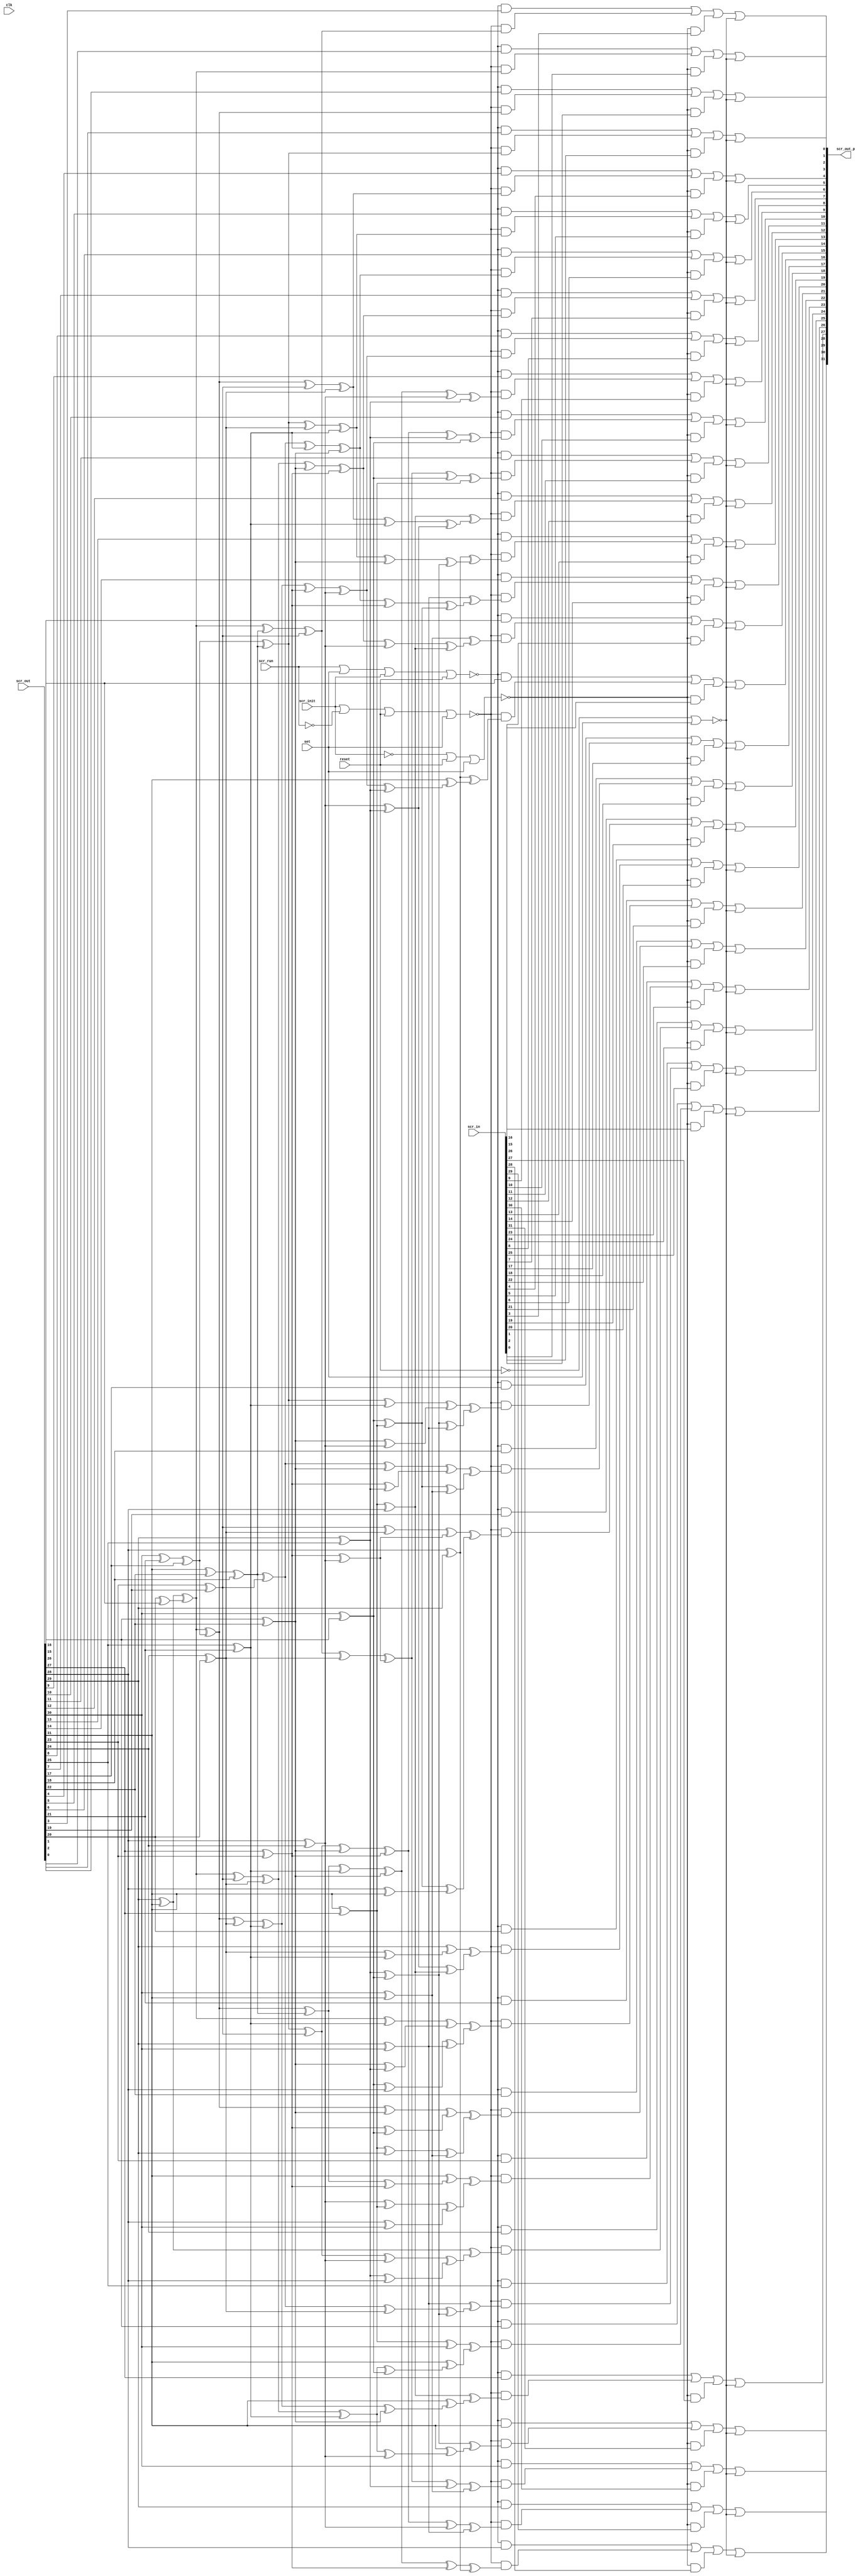
//
// Conformal-LEC: Version 11.10-d208 (10-Mar-2012) (64 bit executable)
//
module top(scr_out, scr_in, scr_init, scr_run, clk, reset, scr_out_p, set);
input  scr_init, scr_run, clk, reset, set;
input   [31:0] scr_out;
input   [31:0] scr_in;
output  [31:0] scr_out_p;
wire  \scr_ff_mux_state_427_13_g758/w_0 , \scr_ff_mux_state_427_13_g758/w_1 , 
    \scr_ff_mux_state_427_13_g758/w_2 , \scr_ff_mux_state_427_13_g758/w_3 , 
    \scr_ff_mux_state_427_13_g758/w_4 , \scr_ff_mux_state_427_13_g746/w_0 , 
    \scr_ff_mux_state_427_13_g746/w_1 , \scr_ff_mux_state_427_13_g746/w_2 , 
    \scr_ff_mux_state_427_13_g746/w_3 , \scr_ff_mux_state_427_13_g746/w_4 , 
    \scr_ff_mux_state_427_13_g730/w_0 , \scr_ff_mux_state_427_13_g730/w_1 , 
    \scr_ff_mux_state_427_13_g730/w_2 , \scr_ff_mux_state_427_13_g730/w_3 , 
    \scr_ff_mux_state_427_13_g730/w_4 , \scr_ff_mux_state_427_13_g718/w_0 , 
    \scr_ff_mux_state_427_13_g718/w_1 , \scr_ff_mux_state_427_13_g718/w_2 , 
    \scr_ff_mux_state_427_13_g718/w_3 , \scr_ff_mux_state_427_13_g718/w_4 , 
    \scr_ff_mux_state_427_13_g702/w_0 , \scr_ff_mux_state_427_13_g702/w_1 , 
    \scr_ff_mux_state_427_13_g702/w_2 , \scr_ff_mux_state_427_13_g702/w_3 , 
    \scr_ff_mux_state_427_13_g702/w_4 , \scr_ff_mux_state_427_13_g690/w_0 , 
    \scr_ff_mux_state_427_13_g690/w_1 , \scr_ff_mux_state_427_13_g690/w_2 , 
    \scr_ff_mux_state_427_13_g690/w_3 , \scr_ff_mux_state_427_13_g690/w_4 , 
    \scr_ff_mux_state_427_13_g674/w_0 , \scr_ff_mux_state_427_13_g674/w_1 , 
    \scr_ff_mux_state_427_13_g674/w_2 , \scr_ff_mux_state_427_13_g674/w_3 , 
    \scr_ff_mux_state_427_13_g674/w_4 , \scr_ff_mux_state_427_13_g662/w_0 , 
    \scr_ff_mux_state_427_13_g662/w_1 , \scr_ff_mux_state_427_13_g662/w_2 , 
    \scr_ff_mux_state_427_13_g662/w_3 , \scr_ff_mux_state_427_13_g662/w_4 , 
    \scr_ff_mux_state_427_13_g646/w_0 , \scr_ff_mux_state_427_13_g646/w_1 , 
    \scr_ff_mux_state_427_13_g646/w_2 , \scr_ff_mux_state_427_13_g646/w_3 , 
    \scr_ff_mux_state_427_13_g646/w_4 , \scr_ff_mux_state_427_13_g634/w_0 , 
    \scr_ff_mux_state_427_13_g634/w_1 , \scr_ff_mux_state_427_13_g634/w_2 , 
    \scr_ff_mux_state_427_13_g634/w_3 , \scr_ff_mux_state_427_13_g634/w_4 , 
    \scr_ff_mux_state_427_13_g618/w_0 , \scr_ff_mux_state_427_13_g618/w_1 , 
    \scr_ff_mux_state_427_13_g618/w_2 , \scr_ff_mux_state_427_13_g618/w_3 , 
    \scr_ff_mux_state_427_13_g618/w_4 , \scr_ff_mux_state_427_13_g606/w_0 , 
    \scr_ff_mux_state_427_13_g606/w_1 , \scr_ff_mux_state_427_13_g606/w_2 , 
    \scr_ff_mux_state_427_13_g606/w_3 , \scr_ff_mux_state_427_13_g606/w_4 , 
    \scr_ff_mux_state_427_13_g590/w_0 , \scr_ff_mux_state_427_13_g590/w_1 , 
    \scr_ff_mux_state_427_13_g590/w_2 , \scr_ff_mux_state_427_13_g590/w_3 , 
    \scr_ff_mux_state_427_13_g590/w_4 , \scr_ff_mux_state_427_13_g578/w_0 , 
    \scr_ff_mux_state_427_13_g578/w_1 , \scr_ff_mux_state_427_13_g578/w_2 , 
    \scr_ff_mux_state_427_13_g578/w_3 , \scr_ff_mux_state_427_13_g578/w_4 , 
    \scr_ff_mux_state_427_13_g562/w_0 , \scr_ff_mux_state_427_13_g562/w_1 , 
    \scr_ff_mux_state_427_13_g562/w_2 , \scr_ff_mux_state_427_13_g562/w_3 , 
    \scr_ff_mux_state_427_13_g562/w_4 , \scr_ff_mux_state_427_13_g550/w_0 , 
    \scr_ff_mux_state_427_13_g550/w_1 , \scr_ff_mux_state_427_13_g550/w_2 , 
    \scr_ff_mux_state_427_13_g550/w_3 , \scr_ff_mux_state_427_13_g550/w_4 , 
    \scr_ff_mux_state_427_13_g534/w_0 , \scr_ff_mux_state_427_13_g534/w_1 , 
    \scr_ff_mux_state_427_13_g534/w_2 , \scr_ff_mux_state_427_13_g534/w_3 , 
    \scr_ff_mux_state_427_13_g534/w_4 , \scr_ff_mux_state_427_13_g522/w_0 , 
    \scr_ff_mux_state_427_13_g522/w_1 , \scr_ff_mux_state_427_13_g522/w_2 , 
    \scr_ff_mux_state_427_13_g522/w_3 , \scr_ff_mux_state_427_13_g522/w_4 , 
    \scr_ff_mux_state_427_13_g506/w_0 , \scr_ff_mux_state_427_13_g506/w_1 , 
    \scr_ff_mux_state_427_13_g506/w_2 , \scr_ff_mux_state_427_13_g506/w_3 , 
    \scr_ff_mux_state_427_13_g506/w_4 , \scr_ff_mux_state_427_13_g494/w_0 , 
    \scr_ff_mux_state_427_13_g494/w_1 , \scr_ff_mux_state_427_13_g494/w_2 , 
    \scr_ff_mux_state_427_13_g494/w_3 , \scr_ff_mux_state_427_13_g494/w_4 , 
    \scr_ff_mux_state_427_13_g478/w_0 , \scr_ff_mux_state_427_13_g478/w_1 , 
    \scr_ff_mux_state_427_13_g478/w_2 , \scr_ff_mux_state_427_13_g478/w_3 , 
    \scr_ff_mux_state_427_13_g478/w_4 , \scr_ff_mux_state_427_13_g466/w_0 , 
    \scr_ff_mux_state_427_13_g466/w_1 , \scr_ff_mux_state_427_13_g466/w_2 , 
    \scr_ff_mux_state_427_13_g466/w_3 , \scr_ff_mux_state_427_13_g466/w_4 , 
    \scr_ff_mux_state_427_13_g450/w_0 , \scr_ff_mux_state_427_13_g450/w_1 , 
    \scr_ff_mux_state_427_13_g450/w_2 , \scr_ff_mux_state_427_13_g450/w_3 , 
    \scr_ff_mux_state_427_13_g450/w_4 , \scr_ff_mux_state_427_13_g438/w_0 , 
    \scr_ff_mux_state_427_13_g438/w_1 , \scr_ff_mux_state_427_13_g438/w_2 , 
    \scr_ff_mux_state_427_13_g438/w_3 , \scr_ff_mux_state_427_13_g438/w_4 , 
    \scr_ff_mux_state_427_13_g422/w_0 , \scr_ff_mux_state_427_13_g422/w_1 , 
    \scr_ff_mux_state_427_13_g422/w_2 , \scr_ff_mux_state_427_13_g422/w_3 , 
    \scr_ff_mux_state_427_13_g422/w_4 , \scr_ff_mux_state_427_13_g410/w_0 , 
    \scr_ff_mux_state_427_13_g410/w_1 , \scr_ff_mux_state_427_13_g410/w_2 , 
    \scr_ff_mux_state_427_13_g410/w_3 , \scr_ff_mux_state_427_13_g410/w_4 , 
    \scr_ff_mux_state_427_13_g394/w_0 , \scr_ff_mux_state_427_13_g394/w_1 , 
    \scr_ff_mux_state_427_13_g394/w_2 , \scr_ff_mux_state_427_13_g394/w_3 , 
    \scr_ff_mux_state_427_13_g394/w_4 , \scr_ff_mux_state_427_13_g382/w_0 , 
    \scr_ff_mux_state_427_13_g382/w_1 , \scr_ff_mux_state_427_13_g382/w_2 , 
    \scr_ff_mux_state_427_13_g382/w_3 , \scr_ff_mux_state_427_13_g382/w_4 , 
    \scr_ff_mux_state_427_13_g366/w_0 , \scr_ff_mux_state_427_13_g366/w_1 , 
    \scr_ff_mux_state_427_13_g366/w_2 , \scr_ff_mux_state_427_13_g366/w_3 , 
    \scr_ff_mux_state_427_13_g366/w_4 , \scr_ff_mux_state_427_13_g354/w_0 , 
    \scr_ff_mux_state_427_13_g354/w_1 , \scr_ff_mux_state_427_13_g354/w_2 , 
    \scr_ff_mux_state_427_13_g354/w_3 , \scr_ff_mux_state_427_13_g354/w_4 , 
    \scr_ff_mux_state_427_13_g338/w_0 , \scr_ff_mux_state_427_13_g338/w_1 , 
    \scr_ff_mux_state_427_13_g338/w_2 , \scr_ff_mux_state_427_13_g338/w_3 , 
    \scr_ff_mux_state_427_13_g338/w_4 , \scr_ff_mux_state_427_13_g326/w_0 , 
    \scr_ff_mux_state_427_13_g326/w_1 , \scr_ff_mux_state_427_13_g326/w_2 , 
    \scr_ff_mux_state_427_13_g326/w_3 , \scr_ff_mux_state_427_13_g326/w_4 , 
    n_1120, n_1119, n_1118, n_392, n_391, n_390, n_389, n_370, n_369, n_367, 
    n_366, n_363, n_362, n_361, n_358, n_357, n_356, n_353, n_352, n_351, 
    n_348, n_347, n_346, n_344, n_343, n_342, n_341, n_338, n_337, n_336, 
    n_335, n_334, n_331, n_330, n_329, n_328, n_327, n_326, n_325, n_324, 
    n_323, n_322, n_321, n_320, n_318, n_317, n_316, n_315, n_314, n_312, 
    n_311, n_310, n_309, n_308, n_307, n_305, n_304, n_303, n_302, n_301, 
    n_300, n_299, n_298, n_297, n_296, n_295, n_294, n_293, n_292, n_291, 
    n_290, n_287, n_286, n_285, n_284, n_283, n_282, n_281, n_280, n_279, 
    n_278, n_277, n_276, n_275, n_274, n_273, n_272, n_271, n_270, n_269, 
    n_268, n_267, n_266, n_219, n_214, n_209, n_199, n_198, n_192, n_191, 
    n_185, n_184, n_178, n_177, n_171, n_170, n_111, n_101, n_100, n_96, n_95, 
    n_94, n_93, n_90, n_89, n_88, n_87, n_84, n_81, n_80, n_76, n_75, n_74, 
    n_73, n_72, a15, \a14[0] , \a13[0] , \a12[0] , \a11[0] , \a10[0] , \a9[0] , 
    \a8[0] , \a7[0] , \a6[0] , \a5[0] , \a4[0] , set, reset, clk, scr_run, 
    scr_init;
wire  \scr_ff_mux_state_427_13_g758/data3 , \scr_ff_mux_state_427_13_g758/data4 , 
    \scr_ff_mux_state_427_13_g746/data3 , \scr_ff_mux_state_427_13_g746/data4 , 
    \scr_ff_mux_state_427_13_g730/data3 , \scr_ff_mux_state_427_13_g730/data4 , 
    \scr_ff_mux_state_427_13_g718/data3 , \scr_ff_mux_state_427_13_g718/data4 , 
    \scr_ff_mux_state_427_13_g702/data3 , \scr_ff_mux_state_427_13_g702/data4 , 
    \scr_ff_mux_state_427_13_g690/data3 , \scr_ff_mux_state_427_13_g690/data4 , 
    \scr_ff_mux_state_427_13_g674/data3 , \scr_ff_mux_state_427_13_g674/data4 , 
    \scr_ff_mux_state_427_13_g662/data3 , \scr_ff_mux_state_427_13_g662/data4 , 
    \scr_ff_mux_state_427_13_g646/data3 , \scr_ff_mux_state_427_13_g646/data4 , 
    \scr_ff_mux_state_427_13_g634/data3 , \scr_ff_mux_state_427_13_g634/data4 , 
    \scr_ff_mux_state_427_13_g618/data3 , \scr_ff_mux_state_427_13_g618/data4 , 
    \scr_ff_mux_state_427_13_g606/data3 , \scr_ff_mux_state_427_13_g606/data4 , 
    \scr_ff_mux_state_427_13_g590/data3 , \scr_ff_mux_state_427_13_g590/data4 , 
    \scr_ff_mux_state_427_13_g578/data3 , \scr_ff_mux_state_427_13_g578/data4 , 
    \scr_ff_mux_state_427_13_g562/data3 , \scr_ff_mux_state_427_13_g562/data4 , 
    \scr_ff_mux_state_427_13_g550/data3 , \scr_ff_mux_state_427_13_g550/data4 , 
    \scr_ff_mux_state_427_13_g534/data3 , \scr_ff_mux_state_427_13_g534/data4 , 
    \scr_ff_mux_state_427_13_g522/data3 , \scr_ff_mux_state_427_13_g522/data4 , 
    \scr_ff_mux_state_427_13_g506/data3 , \scr_ff_mux_state_427_13_g506/data4 , 
    \scr_ff_mux_state_427_13_g494/data3 , \scr_ff_mux_state_427_13_g494/data4 , 
    \scr_ff_mux_state_427_13_g478/data3 , \scr_ff_mux_state_427_13_g478/data4 , 
    \scr_ff_mux_state_427_13_g466/data3 , \scr_ff_mux_state_427_13_g466/data4 , 
    \scr_ff_mux_state_427_13_g450/data3 , \scr_ff_mux_state_427_13_g450/data4 , 
    \scr_ff_mux_state_427_13_g438/data3 , \scr_ff_mux_state_427_13_g438/data4 , 
    \scr_ff_mux_state_427_13_g422/data3 , \scr_ff_mux_state_427_13_g422/data4 , 
    \scr_ff_mux_state_427_13_g410/data3 , \scr_ff_mux_state_427_13_g410/data4 , 
    \scr_ff_mux_state_427_13_g394/data3 , \scr_ff_mux_state_427_13_g394/data4 , 
    \scr_ff_mux_state_427_13_g382/data3 , \scr_ff_mux_state_427_13_g382/data4 , 
    \scr_ff_mux_state_427_13_g366/data3 , \scr_ff_mux_state_427_13_g366/data4 , 
    \scr_ff_mux_state_427_13_g354/data3 , \scr_ff_mux_state_427_13_g354/data4 , 
    \scr_ff_mux_state_427_13_g338/data3 , \scr_ff_mux_state_427_13_g338/data4 , 
    \scr_ff_mux_state_427_13_g326/data3 , \scr_ff_mux_state_427_13_g326/data4 ;
wire   [31:0] scram;
wire   [31:0] scr_out_p;
wire   [31:0] scr_in;
wire   [31:0] scr_out;
  assign \scr_ff_mux_state_427_13_g758/data4  = 1'b0;
  assign \scr_ff_mux_state_427_13_g746/data4  = 1'b0;
  assign \scr_ff_mux_state_427_13_g730/data4  = 1'b0;
  assign \scr_ff_mux_state_427_13_g718/data4  = 1'b0;
  assign \scr_ff_mux_state_427_13_g702/data4  = 1'b0;
  assign \scr_ff_mux_state_427_13_g690/data4  = 1'b0;
  assign \scr_ff_mux_state_427_13_g674/data4  = 1'b0;
  assign \scr_ff_mux_state_427_13_g662/data4  = 1'b0;
  assign \scr_ff_mux_state_427_13_g646/data4  = 1'b0;
  assign \scr_ff_mux_state_427_13_g634/data4  = 1'b0;
  assign \scr_ff_mux_state_427_13_g618/data4  = 1'b0;
  assign \scr_ff_mux_state_427_13_g606/data4  = 1'b0;
  assign \scr_ff_mux_state_427_13_g590/data4  = 1'b0;
  assign \scr_ff_mux_state_427_13_g578/data4  = 1'b0;
  assign \scr_ff_mux_state_427_13_g562/data4  = 1'b0;
  assign \scr_ff_mux_state_427_13_g550/data4  = 1'b0;
  assign \scr_ff_mux_state_427_13_g534/data4  = 1'b0;
  assign \scr_ff_mux_state_427_13_g522/data4  = 1'b0;
  assign \scr_ff_mux_state_427_13_g506/data4  = 1'b0;
  assign \scr_ff_mux_state_427_13_g494/data4  = 1'b0;
  assign \scr_ff_mux_state_427_13_g478/data4  = 1'b0;
  assign \scr_ff_mux_state_427_13_g466/data4  = 1'b0;
  assign \scr_ff_mux_state_427_13_g450/data4  = 1'b0;
  assign \scr_ff_mux_state_427_13_g438/data4  = 1'b0;
  assign \scr_ff_mux_state_427_13_g422/data4  = 1'b0;
  assign \scr_ff_mux_state_427_13_g410/data4  = 1'b0;
  assign \scr_ff_mux_state_427_13_g394/data4  = 1'b0;
  assign \scr_ff_mux_state_427_13_g382/data4  = 1'b0;
  assign \scr_ff_mux_state_427_13_g366/data4  = 1'b0;
  assign \scr_ff_mux_state_427_13_g354/data4  = 1'b0;
  assign \scr_ff_mux_state_427_13_g338/data4  = 1'b0;
  assign \scr_ff_mux_state_427_13_g326/data4  = 1'b0;
  assign \scr_ff_mux_state_427_13_g758/data3  = 1'b1;
  assign \scr_ff_mux_state_427_13_g746/data3  = 1'b1;
  assign \scr_ff_mux_state_427_13_g730/data3  = 1'b1;
  assign \scr_ff_mux_state_427_13_g718/data3  = 1'b1;
  assign \scr_ff_mux_state_427_13_g702/data3  = 1'b1;
  assign \scr_ff_mux_state_427_13_g690/data3  = 1'b1;
  assign \scr_ff_mux_state_427_13_g674/data3  = 1'b1;
  assign \scr_ff_mux_state_427_13_g662/data3  = 1'b1;
  assign \scr_ff_mux_state_427_13_g646/data3  = 1'b1;
  assign \scr_ff_mux_state_427_13_g634/data3  = 1'b1;
  assign \scr_ff_mux_state_427_13_g618/data3  = 1'b1;
  assign \scr_ff_mux_state_427_13_g606/data3  = 1'b1;
  assign \scr_ff_mux_state_427_13_g590/data3  = 1'b1;
  assign \scr_ff_mux_state_427_13_g578/data3  = 1'b1;
  assign \scr_ff_mux_state_427_13_g562/data3  = 1'b1;
  assign \scr_ff_mux_state_427_13_g550/data3  = 1'b1;
  assign \scr_ff_mux_state_427_13_g534/data3  = 1'b1;
  assign \scr_ff_mux_state_427_13_g522/data3  = 1'b1;
  assign \scr_ff_mux_state_427_13_g506/data3  = 1'b1;
  assign \scr_ff_mux_state_427_13_g494/data3  = 1'b1;
  assign \scr_ff_mux_state_427_13_g478/data3  = 1'b1;
  assign \scr_ff_mux_state_427_13_g466/data3  = 1'b1;
  assign \scr_ff_mux_state_427_13_g450/data3  = 1'b1;
  assign \scr_ff_mux_state_427_13_g438/data3  = 1'b1;
  assign \scr_ff_mux_state_427_13_g422/data3  = 1'b1;
  assign \scr_ff_mux_state_427_13_g410/data3  = 1'b1;
  assign \scr_ff_mux_state_427_13_g394/data3  = 1'b1;
  assign \scr_ff_mux_state_427_13_g382/data3  = 1'b1;
  assign \scr_ff_mux_state_427_13_g366/data3  = 1'b1;
  assign \scr_ff_mux_state_427_13_g354/data3  = 1'b1;
  assign \scr_ff_mux_state_427_13_g338/data3  = 1'b1;
  assign \scr_ff_mux_state_427_13_g326/data3  = 1'b1;
  or \scr_ff_mux_state_427_13_g758/org (scr_out_p[16], 
    \scr_ff_mux_state_427_13_g758/w_0 , \scr_ff_mux_state_427_13_g758/w_1 , 
    \scr_ff_mux_state_427_13_g758/w_2 , \scr_ff_mux_state_427_13_g758/w_3 , 
    \scr_ff_mux_state_427_13_g758/w_4 );
  and \scr_ff_mux_state_427_13_g758/a_4 (\scr_ff_mux_state_427_13_g758/w_4 , set, 
    \scr_ff_mux_state_427_13_g758/data4 );
  and \scr_ff_mux_state_427_13_g758/a_3 (\scr_ff_mux_state_427_13_g758/w_3 , 
    n_392, \scr_ff_mux_state_427_13_g758/data3 );
  and \scr_ff_mux_state_427_13_g758/a_2 (\scr_ff_mux_state_427_13_g758/w_2 , 
    n_391, scr_in[16]);
  and \scr_ff_mux_state_427_13_g758/a_1 (\scr_ff_mux_state_427_13_g758/w_1 , 
    n_390, n_347);
  and \scr_ff_mux_state_427_13_g758/a_0 (\scr_ff_mux_state_427_13_g758/w_0 , 
    n_389, scr_out[16]);
  or \scr_ff_mux_state_427_13_g746/org (scr_out_p[15], 
    \scr_ff_mux_state_427_13_g746/w_0 , \scr_ff_mux_state_427_13_g746/w_1 , 
    \scr_ff_mux_state_427_13_g746/w_2 , \scr_ff_mux_state_427_13_g746/w_3 , 
    \scr_ff_mux_state_427_13_g746/w_4 );
  and \scr_ff_mux_state_427_13_g746/a_4 (\scr_ff_mux_state_427_13_g746/w_4 , set, 
    \scr_ff_mux_state_427_13_g746/data4 );
  and \scr_ff_mux_state_427_13_g746/a_3 (\scr_ff_mux_state_427_13_g746/w_3 , 
    n_392, \scr_ff_mux_state_427_13_g746/data3 );
  and \scr_ff_mux_state_427_13_g746/a_2 (\scr_ff_mux_state_427_13_g746/w_2 , 
    n_391, scr_in[15]);
  and \scr_ff_mux_state_427_13_g746/a_1 (\scr_ff_mux_state_427_13_g746/w_1 , 
    n_390, n_352);
  and \scr_ff_mux_state_427_13_g746/a_0 (\scr_ff_mux_state_427_13_g746/w_0 , 
    n_389, scr_out[15]);
  or \scr_ff_mux_state_427_13_g730/org (scr_out_p[26], 
    \scr_ff_mux_state_427_13_g730/w_0 , \scr_ff_mux_state_427_13_g730/w_1 , 
    \scr_ff_mux_state_427_13_g730/w_2 , \scr_ff_mux_state_427_13_g730/w_3 , 
    \scr_ff_mux_state_427_13_g730/w_4 );
  and \scr_ff_mux_state_427_13_g730/a_4 (\scr_ff_mux_state_427_13_g730/w_4 , set, 
    \scr_ff_mux_state_427_13_g730/data4 );
  and \scr_ff_mux_state_427_13_g730/a_3 (\scr_ff_mux_state_427_13_g730/w_3 , 
    n_392, \scr_ff_mux_state_427_13_g730/data3 );
  and \scr_ff_mux_state_427_13_g730/a_2 (\scr_ff_mux_state_427_13_g730/w_2 , 
    n_391, scr_in[26]);
  and \scr_ff_mux_state_427_13_g730/a_1 (\scr_ff_mux_state_427_13_g730/w_1 , 
    n_390, n_286);
  and \scr_ff_mux_state_427_13_g730/a_0 (\scr_ff_mux_state_427_13_g730/w_0 , 
    n_389, scr_out[26]);
  or \scr_ff_mux_state_427_13_g718/org (scr_out_p[27], 
    \scr_ff_mux_state_427_13_g718/w_0 , \scr_ff_mux_state_427_13_g718/w_1 , 
    \scr_ff_mux_state_427_13_g718/w_2 , \scr_ff_mux_state_427_13_g718/w_3 , 
    \scr_ff_mux_state_427_13_g718/w_4 );
  and \scr_ff_mux_state_427_13_g718/a_4 (\scr_ff_mux_state_427_13_g718/w_4 , set, 
    \scr_ff_mux_state_427_13_g718/data4 );
  and \scr_ff_mux_state_427_13_g718/a_3 (\scr_ff_mux_state_427_13_g718/w_3 , 
    n_392, \scr_ff_mux_state_427_13_g718/data3 );
  and \scr_ff_mux_state_427_13_g718/a_2 (\scr_ff_mux_state_427_13_g718/w_2 , 
    n_391, scr_in[27]);
  and \scr_ff_mux_state_427_13_g718/a_1 (\scr_ff_mux_state_427_13_g718/w_1 , 
    n_390, n_282);
  and \scr_ff_mux_state_427_13_g718/a_0 (\scr_ff_mux_state_427_13_g718/w_0 , 
    n_389, scr_out[27]);
  or \scr_ff_mux_state_427_13_g702/org (scr_out_p[28], 
    \scr_ff_mux_state_427_13_g702/w_0 , \scr_ff_mux_state_427_13_g702/w_1 , 
    \scr_ff_mux_state_427_13_g702/w_2 , \scr_ff_mux_state_427_13_g702/w_3 , 
    \scr_ff_mux_state_427_13_g702/w_4 );
  and \scr_ff_mux_state_427_13_g702/a_4 (\scr_ff_mux_state_427_13_g702/w_4 , set, 
    \scr_ff_mux_state_427_13_g702/data4 );
  and \scr_ff_mux_state_427_13_g702/a_3 (\scr_ff_mux_state_427_13_g702/w_3 , 
    n_392, \scr_ff_mux_state_427_13_g702/data3 );
  and \scr_ff_mux_state_427_13_g702/a_2 (\scr_ff_mux_state_427_13_g702/w_2 , 
    n_391, scr_in[28]);
  and \scr_ff_mux_state_427_13_g702/a_1 (\scr_ff_mux_state_427_13_g702/w_1 , 
    n_390, n_278);
  and \scr_ff_mux_state_427_13_g702/a_0 (\scr_ff_mux_state_427_13_g702/w_0 , 
    n_389, scr_out[28]);
  or \scr_ff_mux_state_427_13_g690/org (scr_out_p[29], 
    \scr_ff_mux_state_427_13_g690/w_0 , \scr_ff_mux_state_427_13_g690/w_1 , 
    \scr_ff_mux_state_427_13_g690/w_2 , \scr_ff_mux_state_427_13_g690/w_3 , 
    \scr_ff_mux_state_427_13_g690/w_4 );
  and \scr_ff_mux_state_427_13_g690/a_4 (\scr_ff_mux_state_427_13_g690/w_4 , set, 
    \scr_ff_mux_state_427_13_g690/data4 );
  and \scr_ff_mux_state_427_13_g690/a_3 (\scr_ff_mux_state_427_13_g690/w_3 , 
    n_392, \scr_ff_mux_state_427_13_g690/data3 );
  and \scr_ff_mux_state_427_13_g690/a_2 (\scr_ff_mux_state_427_13_g690/w_2 , 
    n_391, scr_in[29]);
  and \scr_ff_mux_state_427_13_g690/a_1 (\scr_ff_mux_state_427_13_g690/w_1 , 
    n_390, n_275);
  and \scr_ff_mux_state_427_13_g690/a_0 (\scr_ff_mux_state_427_13_g690/w_0 , 
    n_389, scr_out[29]);
  or \scr_ff_mux_state_427_13_g674/org (scr_out_p[9], 
    \scr_ff_mux_state_427_13_g674/w_0 , \scr_ff_mux_state_427_13_g674/w_1 , 
    \scr_ff_mux_state_427_13_g674/w_2 , \scr_ff_mux_state_427_13_g674/w_3 , 
    \scr_ff_mux_state_427_13_g674/w_4 );
  and \scr_ff_mux_state_427_13_g674/a_4 (\scr_ff_mux_state_427_13_g674/w_4 , set, 
    \scr_ff_mux_state_427_13_g674/data4 );
  and \scr_ff_mux_state_427_13_g674/a_3 (\scr_ff_mux_state_427_13_g674/w_3 , 
    n_392, \scr_ff_mux_state_427_13_g674/data3 );
  and \scr_ff_mux_state_427_13_g674/a_2 (\scr_ff_mux_state_427_13_g674/w_2 , 
    n_391, scr_in[9]);
  and \scr_ff_mux_state_427_13_g674/a_1 (\scr_ff_mux_state_427_13_g674/w_1 , 
    n_390, scram[9]);
  and \scr_ff_mux_state_427_13_g674/a_0 (\scr_ff_mux_state_427_13_g674/w_0 , 
    n_389, scr_out[9]);
  or \scr_ff_mux_state_427_13_g662/org (scr_out_p[10], 
    \scr_ff_mux_state_427_13_g662/w_0 , \scr_ff_mux_state_427_13_g662/w_1 , 
    \scr_ff_mux_state_427_13_g662/w_2 , \scr_ff_mux_state_427_13_g662/w_3 , 
    \scr_ff_mux_state_427_13_g662/w_4 );
  and \scr_ff_mux_state_427_13_g662/a_4 (\scr_ff_mux_state_427_13_g662/w_4 , set, 
    \scr_ff_mux_state_427_13_g662/data4 );
  and \scr_ff_mux_state_427_13_g662/a_3 (\scr_ff_mux_state_427_13_g662/w_3 , 
    n_392, \scr_ff_mux_state_427_13_g662/data3 );
  and \scr_ff_mux_state_427_13_g662/a_2 (\scr_ff_mux_state_427_13_g662/w_2 , 
    n_391, scr_in[10]);
  and \scr_ff_mux_state_427_13_g662/a_1 (\scr_ff_mux_state_427_13_g662/w_1 , 
    n_390, scram[10]);
  and \scr_ff_mux_state_427_13_g662/a_0 (\scr_ff_mux_state_427_13_g662/w_0 , 
    n_389, scr_out[10]);
  or \scr_ff_mux_state_427_13_g646/org (scr_out_p[11], 
    \scr_ff_mux_state_427_13_g646/w_0 , \scr_ff_mux_state_427_13_g646/w_1 , 
    \scr_ff_mux_state_427_13_g646/w_2 , \scr_ff_mux_state_427_13_g646/w_3 , 
    \scr_ff_mux_state_427_13_g646/w_4 );
  and \scr_ff_mux_state_427_13_g646/a_4 (\scr_ff_mux_state_427_13_g646/w_4 , set, 
    \scr_ff_mux_state_427_13_g646/data4 );
  and \scr_ff_mux_state_427_13_g646/a_3 (\scr_ff_mux_state_427_13_g646/w_3 , 
    n_392, \scr_ff_mux_state_427_13_g646/data3 );
  and \scr_ff_mux_state_427_13_g646/a_2 (\scr_ff_mux_state_427_13_g646/w_2 , 
    n_391, scr_in[11]);
  and \scr_ff_mux_state_427_13_g646/a_1 (\scr_ff_mux_state_427_13_g646/w_1 , 
    n_390, scram[11]);
  and \scr_ff_mux_state_427_13_g646/a_0 (\scr_ff_mux_state_427_13_g646/w_0 , 
    n_389, scr_out[11]);
  or \scr_ff_mux_state_427_13_g634/org (scr_out_p[12], 
    \scr_ff_mux_state_427_13_g634/w_0 , \scr_ff_mux_state_427_13_g634/w_1 , 
    \scr_ff_mux_state_427_13_g634/w_2 , \scr_ff_mux_state_427_13_g634/w_3 , 
    \scr_ff_mux_state_427_13_g634/w_4 );
  and \scr_ff_mux_state_427_13_g634/a_4 (\scr_ff_mux_state_427_13_g634/w_4 , set, 
    \scr_ff_mux_state_427_13_g634/data4 );
  and \scr_ff_mux_state_427_13_g634/a_3 (\scr_ff_mux_state_427_13_g634/w_3 , 
    n_392, \scr_ff_mux_state_427_13_g634/data3 );
  and \scr_ff_mux_state_427_13_g634/a_2 (\scr_ff_mux_state_427_13_g634/w_2 , 
    n_391, scr_in[12]);
  and \scr_ff_mux_state_427_13_g634/a_1 (\scr_ff_mux_state_427_13_g634/w_1 , 
    n_390, n_367);
  and \scr_ff_mux_state_427_13_g634/a_0 (\scr_ff_mux_state_427_13_g634/w_0 , 
    n_389, scr_out[12]);
  or \scr_ff_mux_state_427_13_g618/org (scr_out_p[30], 
    \scr_ff_mux_state_427_13_g618/w_0 , \scr_ff_mux_state_427_13_g618/w_1 , 
    \scr_ff_mux_state_427_13_g618/w_2 , \scr_ff_mux_state_427_13_g618/w_3 , 
    \scr_ff_mux_state_427_13_g618/w_4 );
  and \scr_ff_mux_state_427_13_g618/a_4 (\scr_ff_mux_state_427_13_g618/w_4 , set, 
    \scr_ff_mux_state_427_13_g618/data4 );
  and \scr_ff_mux_state_427_13_g618/a_3 (\scr_ff_mux_state_427_13_g618/w_3 , 
    n_392, \scr_ff_mux_state_427_13_g618/data3 );
  and \scr_ff_mux_state_427_13_g618/a_2 (\scr_ff_mux_state_427_13_g618/w_2 , 
    n_391, scr_in[30]);
  and \scr_ff_mux_state_427_13_g618/a_1 (\scr_ff_mux_state_427_13_g618/w_1 , 
    n_390, n_272);
  and \scr_ff_mux_state_427_13_g618/a_0 (\scr_ff_mux_state_427_13_g618/w_0 , 
    n_389, scr_out[30]);
  or \scr_ff_mux_state_427_13_g606/org (scr_out_p[13], 
    \scr_ff_mux_state_427_13_g606/w_0 , \scr_ff_mux_state_427_13_g606/w_1 , 
    \scr_ff_mux_state_427_13_g606/w_2 , \scr_ff_mux_state_427_13_g606/w_3 , 
    \scr_ff_mux_state_427_13_g606/w_4 );
  and \scr_ff_mux_state_427_13_g606/a_4 (\scr_ff_mux_state_427_13_g606/w_4 , set, 
    \scr_ff_mux_state_427_13_g606/data4 );
  and \scr_ff_mux_state_427_13_g606/a_3 (\scr_ff_mux_state_427_13_g606/w_3 , 
    n_392, \scr_ff_mux_state_427_13_g606/data3 );
  and \scr_ff_mux_state_427_13_g606/a_2 (\scr_ff_mux_state_427_13_g606/w_2 , 
    n_391, scr_in[13]);
  and \scr_ff_mux_state_427_13_g606/a_1 (\scr_ff_mux_state_427_13_g606/w_1 , 
    n_390, n_362);
  and \scr_ff_mux_state_427_13_g606/a_0 (\scr_ff_mux_state_427_13_g606/w_0 , 
    n_389, scr_out[13]);
  or \scr_ff_mux_state_427_13_g590/org (scr_out_p[14], 
    \scr_ff_mux_state_427_13_g590/w_0 , \scr_ff_mux_state_427_13_g590/w_1 , 
    \scr_ff_mux_state_427_13_g590/w_2 , \scr_ff_mux_state_427_13_g590/w_3 , 
    \scr_ff_mux_state_427_13_g590/w_4 );
  and \scr_ff_mux_state_427_13_g590/a_4 (\scr_ff_mux_state_427_13_g590/w_4 , set, 
    \scr_ff_mux_state_427_13_g590/data4 );
  and \scr_ff_mux_state_427_13_g590/a_3 (\scr_ff_mux_state_427_13_g590/w_3 , 
    n_392, \scr_ff_mux_state_427_13_g590/data3 );
  and \scr_ff_mux_state_427_13_g590/a_2 (\scr_ff_mux_state_427_13_g590/w_2 , 
    n_391, scr_in[14]);
  and \scr_ff_mux_state_427_13_g590/a_1 (\scr_ff_mux_state_427_13_g590/w_1 , 
    n_390, n_357);
  and \scr_ff_mux_state_427_13_g590/a_0 (\scr_ff_mux_state_427_13_g590/w_0 , 
    n_389, scr_out[14]);
  or \scr_ff_mux_state_427_13_g578/org (scr_out_p[31], 
    \scr_ff_mux_state_427_13_g578/w_0 , \scr_ff_mux_state_427_13_g578/w_1 , 
    \scr_ff_mux_state_427_13_g578/w_2 , \scr_ff_mux_state_427_13_g578/w_3 , 
    \scr_ff_mux_state_427_13_g578/w_4 );
  and \scr_ff_mux_state_427_13_g578/a_4 (\scr_ff_mux_state_427_13_g578/w_4 , set, 
    \scr_ff_mux_state_427_13_g578/data4 );
  and \scr_ff_mux_state_427_13_g578/a_3 (\scr_ff_mux_state_427_13_g578/w_3 , 
    n_392, \scr_ff_mux_state_427_13_g578/data3 );
  and \scr_ff_mux_state_427_13_g578/a_2 (\scr_ff_mux_state_427_13_g578/w_2 , 
    n_391, scr_in[31]);
  and \scr_ff_mux_state_427_13_g578/a_1 (\scr_ff_mux_state_427_13_g578/w_1 , 
    n_390, n_269);
  and \scr_ff_mux_state_427_13_g578/a_0 (\scr_ff_mux_state_427_13_g578/w_0 , 
    n_389, scr_out[31]);
  or \scr_ff_mux_state_427_13_g562/org (scr_out_p[23], 
    \scr_ff_mux_state_427_13_g562/w_0 , \scr_ff_mux_state_427_13_g562/w_1 , 
    \scr_ff_mux_state_427_13_g562/w_2 , \scr_ff_mux_state_427_13_g562/w_3 , 
    \scr_ff_mux_state_427_13_g562/w_4 );
  and \scr_ff_mux_state_427_13_g562/a_4 (\scr_ff_mux_state_427_13_g562/w_4 , set, 
    \scr_ff_mux_state_427_13_g562/data4 );
  and \scr_ff_mux_state_427_13_g562/a_3 (\scr_ff_mux_state_427_13_g562/w_3 , 
    n_392, \scr_ff_mux_state_427_13_g562/data3 );
  and \scr_ff_mux_state_427_13_g562/a_2 (\scr_ff_mux_state_427_13_g562/w_2 , 
    n_391, scr_in[23]);
  and \scr_ff_mux_state_427_13_g562/a_1 (\scr_ff_mux_state_427_13_g562/w_1 , 
    n_390, n_302);
  and \scr_ff_mux_state_427_13_g562/a_0 (\scr_ff_mux_state_427_13_g562/w_0 , 
    n_389, scr_out[23]);
  or \scr_ff_mux_state_427_13_g550/org (scr_out_p[24], 
    \scr_ff_mux_state_427_13_g550/w_0 , \scr_ff_mux_state_427_13_g550/w_1 , 
    \scr_ff_mux_state_427_13_g550/w_2 , \scr_ff_mux_state_427_13_g550/w_3 , 
    \scr_ff_mux_state_427_13_g550/w_4 );
  and \scr_ff_mux_state_427_13_g550/a_4 (\scr_ff_mux_state_427_13_g550/w_4 , set, 
    \scr_ff_mux_state_427_13_g550/data4 );
  and \scr_ff_mux_state_427_13_g550/a_3 (\scr_ff_mux_state_427_13_g550/w_3 , 
    n_392, \scr_ff_mux_state_427_13_g550/data3 );
  and \scr_ff_mux_state_427_13_g550/a_2 (\scr_ff_mux_state_427_13_g550/w_2 , 
    n_391, scr_in[24]);
  and \scr_ff_mux_state_427_13_g550/a_1 (\scr_ff_mux_state_427_13_g550/w_1 , 
    n_390, n_296);
  and \scr_ff_mux_state_427_13_g550/a_0 (\scr_ff_mux_state_427_13_g550/w_0 , 
    n_389, scr_out[24]);
  or \scr_ff_mux_state_427_13_g534/org (scr_out_p[8], 
    \scr_ff_mux_state_427_13_g534/w_0 , \scr_ff_mux_state_427_13_g534/w_1 , 
    \scr_ff_mux_state_427_13_g534/w_2 , \scr_ff_mux_state_427_13_g534/w_3 , 
    \scr_ff_mux_state_427_13_g534/w_4 );
  and \scr_ff_mux_state_427_13_g534/a_4 (\scr_ff_mux_state_427_13_g534/w_4 , set, 
    \scr_ff_mux_state_427_13_g534/data4 );
  and \scr_ff_mux_state_427_13_g534/a_3 (\scr_ff_mux_state_427_13_g534/w_3 , 
    n_392, \scr_ff_mux_state_427_13_g534/data3 );
  and \scr_ff_mux_state_427_13_g534/a_2 (\scr_ff_mux_state_427_13_g534/w_2 , 
    n_391, scr_in[8]);
  and \scr_ff_mux_state_427_13_g534/a_1 (\scr_ff_mux_state_427_13_g534/w_1 , 
    n_390, n_171);
  and \scr_ff_mux_state_427_13_g534/a_0 (\scr_ff_mux_state_427_13_g534/w_0 , 
    n_389, scr_out[8]);
  or \scr_ff_mux_state_427_13_g522/org (scr_out_p[25], 
    \scr_ff_mux_state_427_13_g522/w_0 , \scr_ff_mux_state_427_13_g522/w_1 , 
    \scr_ff_mux_state_427_13_g522/w_2 , \scr_ff_mux_state_427_13_g522/w_3 , 
    \scr_ff_mux_state_427_13_g522/w_4 );
  and \scr_ff_mux_state_427_13_g522/a_4 (\scr_ff_mux_state_427_13_g522/w_4 , set, 
    \scr_ff_mux_state_427_13_g522/data4 );
  and \scr_ff_mux_state_427_13_g522/a_3 (\scr_ff_mux_state_427_13_g522/w_3 , 
    n_392, \scr_ff_mux_state_427_13_g522/data3 );
  and \scr_ff_mux_state_427_13_g522/a_2 (\scr_ff_mux_state_427_13_g522/w_2 , 
    n_391, scr_in[25]);
  and \scr_ff_mux_state_427_13_g522/a_1 (\scr_ff_mux_state_427_13_g522/w_1 , 
    n_390, n_291);
  and \scr_ff_mux_state_427_13_g522/a_0 (\scr_ff_mux_state_427_13_g522/w_0 , 
    n_389, scr_out[25]);
  or \scr_ff_mux_state_427_13_g506/org (scr_out_p[7], 
    \scr_ff_mux_state_427_13_g506/w_0 , \scr_ff_mux_state_427_13_g506/w_1 , 
    \scr_ff_mux_state_427_13_g506/w_2 , \scr_ff_mux_state_427_13_g506/w_3 , 
    \scr_ff_mux_state_427_13_g506/w_4 );
  and \scr_ff_mux_state_427_13_g506/a_4 (\scr_ff_mux_state_427_13_g506/w_4 , set, 
    \scr_ff_mux_state_427_13_g506/data4 );
  and \scr_ff_mux_state_427_13_g506/a_3 (\scr_ff_mux_state_427_13_g506/w_3 , 
    n_392, \scr_ff_mux_state_427_13_g506/data3 );
  and \scr_ff_mux_state_427_13_g506/a_2 (\scr_ff_mux_state_427_13_g506/w_2 , 
    n_391, scr_in[7]);
  and \scr_ff_mux_state_427_13_g506/a_1 (\scr_ff_mux_state_427_13_g506/w_1 , 
    n_390, n_178);
  and \scr_ff_mux_state_427_13_g506/a_0 (\scr_ff_mux_state_427_13_g506/w_0 , 
    n_389, scr_out[7]);
  or \scr_ff_mux_state_427_13_g494/org (scr_out_p[17], 
    \scr_ff_mux_state_427_13_g494/w_0 , \scr_ff_mux_state_427_13_g494/w_1 , 
    \scr_ff_mux_state_427_13_g494/w_2 , \scr_ff_mux_state_427_13_g494/w_3 , 
    \scr_ff_mux_state_427_13_g494/w_4 );
  and \scr_ff_mux_state_427_13_g494/a_4 (\scr_ff_mux_state_427_13_g494/w_4 , set, 
    \scr_ff_mux_state_427_13_g494/data4 );
  and \scr_ff_mux_state_427_13_g494/a_3 (\scr_ff_mux_state_427_13_g494/w_3 , 
    n_392, \scr_ff_mux_state_427_13_g494/data3 );
  and \scr_ff_mux_state_427_13_g494/a_2 (\scr_ff_mux_state_427_13_g494/w_2 , 
    n_391, scr_in[17]);
  and \scr_ff_mux_state_427_13_g494/a_1 (\scr_ff_mux_state_427_13_g494/w_1 , 
    n_390, n_343);
  and \scr_ff_mux_state_427_13_g494/a_0 (\scr_ff_mux_state_427_13_g494/w_0 , 
    n_389, scr_out[17]);
  or \scr_ff_mux_state_427_13_g478/org (scr_out_p[18], 
    \scr_ff_mux_state_427_13_g478/w_0 , \scr_ff_mux_state_427_13_g478/w_1 , 
    \scr_ff_mux_state_427_13_g478/w_2 , \scr_ff_mux_state_427_13_g478/w_3 , 
    \scr_ff_mux_state_427_13_g478/w_4 );
  and \scr_ff_mux_state_427_13_g478/a_4 (\scr_ff_mux_state_427_13_g478/w_4 , set, 
    \scr_ff_mux_state_427_13_g478/data4 );
  and \scr_ff_mux_state_427_13_g478/a_3 (\scr_ff_mux_state_427_13_g478/w_3 , 
    n_392, \scr_ff_mux_state_427_13_g478/data3 );
  and \scr_ff_mux_state_427_13_g478/a_2 (\scr_ff_mux_state_427_13_g478/w_2 , 
    n_391, scr_in[18]);
  and \scr_ff_mux_state_427_13_g478/a_1 (\scr_ff_mux_state_427_13_g478/w_1 , 
    n_390, n_336);
  and \scr_ff_mux_state_427_13_g478/a_0 (\scr_ff_mux_state_427_13_g478/w_0 , 
    n_389, scr_out[18]);
  or \scr_ff_mux_state_427_13_g466/org (scr_out_p[22], 
    \scr_ff_mux_state_427_13_g466/w_0 , \scr_ff_mux_state_427_13_g466/w_1 , 
    \scr_ff_mux_state_427_13_g466/w_2 , \scr_ff_mux_state_427_13_g466/w_3 , 
    \scr_ff_mux_state_427_13_g466/w_4 );
  and \scr_ff_mux_state_427_13_g466/a_4 (\scr_ff_mux_state_427_13_g466/w_4 , set, 
    \scr_ff_mux_state_427_13_g466/data4 );
  and \scr_ff_mux_state_427_13_g466/a_3 (\scr_ff_mux_state_427_13_g466/w_3 , 
    n_392, \scr_ff_mux_state_427_13_g466/data3 );
  and \scr_ff_mux_state_427_13_g466/a_2 (\scr_ff_mux_state_427_13_g466/w_2 , 
    n_391, scr_in[22]);
  and \scr_ff_mux_state_427_13_g466/a_1 (\scr_ff_mux_state_427_13_g466/w_1 , 
    n_390, n_309);
  and \scr_ff_mux_state_427_13_g466/a_0 (\scr_ff_mux_state_427_13_g466/w_0 , 
    n_389, scr_out[22]);
  or \scr_ff_mux_state_427_13_g450/org (scr_out_p[4], 
    \scr_ff_mux_state_427_13_g450/w_0 , \scr_ff_mux_state_427_13_g450/w_1 , 
    \scr_ff_mux_state_427_13_g450/w_2 , \scr_ff_mux_state_427_13_g450/w_3 , 
    \scr_ff_mux_state_427_13_g450/w_4 );
  and \scr_ff_mux_state_427_13_g450/a_4 (\scr_ff_mux_state_427_13_g450/w_4 , set, 
    \scr_ff_mux_state_427_13_g450/data4 );
  and \scr_ff_mux_state_427_13_g450/a_3 (\scr_ff_mux_state_427_13_g450/w_3 , 
    n_392, \scr_ff_mux_state_427_13_g450/data3 );
  and \scr_ff_mux_state_427_13_g450/a_2 (\scr_ff_mux_state_427_13_g450/w_2 , 
    n_391, scr_in[4]);
  and \scr_ff_mux_state_427_13_g450/a_1 (\scr_ff_mux_state_427_13_g450/w_1 , 
    n_390, n_199);
  and \scr_ff_mux_state_427_13_g450/a_0 (\scr_ff_mux_state_427_13_g450/w_0 , 
    n_389, scr_out[4]);
  or \scr_ff_mux_state_427_13_g438/org (scr_out_p[5], 
    \scr_ff_mux_state_427_13_g438/w_0 , \scr_ff_mux_state_427_13_g438/w_1 , 
    \scr_ff_mux_state_427_13_g438/w_2 , \scr_ff_mux_state_427_13_g438/w_3 , 
    \scr_ff_mux_state_427_13_g438/w_4 );
  and \scr_ff_mux_state_427_13_g438/a_4 (\scr_ff_mux_state_427_13_g438/w_4 , set, 
    \scr_ff_mux_state_427_13_g438/data4 );
  and \scr_ff_mux_state_427_13_g438/a_3 (\scr_ff_mux_state_427_13_g438/w_3 , 
    n_392, \scr_ff_mux_state_427_13_g438/data3 );
  and \scr_ff_mux_state_427_13_g438/a_2 (\scr_ff_mux_state_427_13_g438/w_2 , 
    n_391, scr_in[5]);
  and \scr_ff_mux_state_427_13_g438/a_1 (\scr_ff_mux_state_427_13_g438/w_1 , 
    n_390, n_192);
  and \scr_ff_mux_state_427_13_g438/a_0 (\scr_ff_mux_state_427_13_g438/w_0 , 
    n_389, scr_out[5]);
  or \scr_ff_mux_state_427_13_g422/org (scr_out_p[6], 
    \scr_ff_mux_state_427_13_g422/w_0 , \scr_ff_mux_state_427_13_g422/w_1 , 
    \scr_ff_mux_state_427_13_g422/w_2 , \scr_ff_mux_state_427_13_g422/w_3 , 
    \scr_ff_mux_state_427_13_g422/w_4 );
  and \scr_ff_mux_state_427_13_g422/a_4 (\scr_ff_mux_state_427_13_g422/w_4 , set, 
    \scr_ff_mux_state_427_13_g422/data4 );
  and \scr_ff_mux_state_427_13_g422/a_3 (\scr_ff_mux_state_427_13_g422/w_3 , 
    n_392, \scr_ff_mux_state_427_13_g422/data3 );
  and \scr_ff_mux_state_427_13_g422/a_2 (\scr_ff_mux_state_427_13_g422/w_2 , 
    n_391, scr_in[6]);
  and \scr_ff_mux_state_427_13_g422/a_1 (\scr_ff_mux_state_427_13_g422/w_1 , 
    n_390, n_185);
  and \scr_ff_mux_state_427_13_g422/a_0 (\scr_ff_mux_state_427_13_g422/w_0 , 
    n_389, scr_out[6]);
  or \scr_ff_mux_state_427_13_g410/org (scr_out_p[21], 
    \scr_ff_mux_state_427_13_g410/w_0 , \scr_ff_mux_state_427_13_g410/w_1 , 
    \scr_ff_mux_state_427_13_g410/w_2 , \scr_ff_mux_state_427_13_g410/w_3 , 
    \scr_ff_mux_state_427_13_g410/w_4 );
  and \scr_ff_mux_state_427_13_g410/a_4 (\scr_ff_mux_state_427_13_g410/w_4 , set, 
    \scr_ff_mux_state_427_13_g410/data4 );
  and \scr_ff_mux_state_427_13_g410/a_3 (\scr_ff_mux_state_427_13_g410/w_3 , 
    n_392, \scr_ff_mux_state_427_13_g410/data3 );
  and \scr_ff_mux_state_427_13_g410/a_2 (\scr_ff_mux_state_427_13_g410/w_2 , 
    n_391, scr_in[21]);
  and \scr_ff_mux_state_427_13_g410/a_1 (\scr_ff_mux_state_427_13_g410/w_1 , 
    n_390, n_316);
  and \scr_ff_mux_state_427_13_g410/a_0 (\scr_ff_mux_state_427_13_g410/w_0 , 
    n_389, scr_out[21]);
  or \scr_ff_mux_state_427_13_g394/org (scr_out_p[3], 
    \scr_ff_mux_state_427_13_g394/w_0 , \scr_ff_mux_state_427_13_g394/w_1 , 
    \scr_ff_mux_state_427_13_g394/w_2 , \scr_ff_mux_state_427_13_g394/w_3 , 
    \scr_ff_mux_state_427_13_g394/w_4 );
  and \scr_ff_mux_state_427_13_g394/a_4 (\scr_ff_mux_state_427_13_g394/w_4 , set, 
    \scr_ff_mux_state_427_13_g394/data4 );
  and \scr_ff_mux_state_427_13_g394/a_3 (\scr_ff_mux_state_427_13_g394/w_3 , 
    n_392, \scr_ff_mux_state_427_13_g394/data3 );
  and \scr_ff_mux_state_427_13_g394/a_2 (\scr_ff_mux_state_427_13_g394/w_2 , 
    n_391, scr_in[3]);
  and \scr_ff_mux_state_427_13_g394/a_1 (\scr_ff_mux_state_427_13_g394/w_1 , 
    n_390, n_81);
  and \scr_ff_mux_state_427_13_g394/a_0 (\scr_ff_mux_state_427_13_g394/w_0 , 
    n_389, scr_out[3]);
  or \scr_ff_mux_state_427_13_g382/org (scr_out_p[19], 
    \scr_ff_mux_state_427_13_g382/w_0 , \scr_ff_mux_state_427_13_g382/w_1 , 
    \scr_ff_mux_state_427_13_g382/w_2 , \scr_ff_mux_state_427_13_g382/w_3 , 
    \scr_ff_mux_state_427_13_g382/w_4 );
  and \scr_ff_mux_state_427_13_g382/a_4 (\scr_ff_mux_state_427_13_g382/w_4 , set, 
    \scr_ff_mux_state_427_13_g382/data4 );
  and \scr_ff_mux_state_427_13_g382/a_3 (\scr_ff_mux_state_427_13_g382/w_3 , 
    n_392, \scr_ff_mux_state_427_13_g382/data3 );
  and \scr_ff_mux_state_427_13_g382/a_2 (\scr_ff_mux_state_427_13_g382/w_2 , 
    n_391, scr_in[19]);
  and \scr_ff_mux_state_427_13_g382/a_1 (\scr_ff_mux_state_427_13_g382/w_1 , 
    n_390, n_329);
  and \scr_ff_mux_state_427_13_g382/a_0 (\scr_ff_mux_state_427_13_g382/w_0 , 
    n_389, scr_out[19]);
  or \scr_ff_mux_state_427_13_g366/org (scr_out_p[20], 
    \scr_ff_mux_state_427_13_g366/w_0 , \scr_ff_mux_state_427_13_g366/w_1 , 
    \scr_ff_mux_state_427_13_g366/w_2 , \scr_ff_mux_state_427_13_g366/w_3 , 
    \scr_ff_mux_state_427_13_g366/w_4 );
  and \scr_ff_mux_state_427_13_g366/a_4 (\scr_ff_mux_state_427_13_g366/w_4 , set, 
    \scr_ff_mux_state_427_13_g366/data4 );
  and \scr_ff_mux_state_427_13_g366/a_3 (\scr_ff_mux_state_427_13_g366/w_3 , 
    n_392, \scr_ff_mux_state_427_13_g366/data3 );
  and \scr_ff_mux_state_427_13_g366/a_2 (\scr_ff_mux_state_427_13_g366/w_2 , 
    n_391, scr_in[20]);
  and \scr_ff_mux_state_427_13_g366/a_1 (\scr_ff_mux_state_427_13_g366/w_1 , 
    n_390, n_322);
  and \scr_ff_mux_state_427_13_g366/a_0 (\scr_ff_mux_state_427_13_g366/w_0 , 
    n_389, scr_out[20]);
  or \scr_ff_mux_state_427_13_g354/org (scr_out_p[1], 
    \scr_ff_mux_state_427_13_g354/w_0 , \scr_ff_mux_state_427_13_g354/w_1 , 
    \scr_ff_mux_state_427_13_g354/w_2 , \scr_ff_mux_state_427_13_g354/w_3 , 
    \scr_ff_mux_state_427_13_g354/w_4 );
  and \scr_ff_mux_state_427_13_g354/a_4 (\scr_ff_mux_state_427_13_g354/w_4 , set, 
    \scr_ff_mux_state_427_13_g354/data4 );
  and \scr_ff_mux_state_427_13_g354/a_3 (\scr_ff_mux_state_427_13_g354/w_3 , 
    n_392, \scr_ff_mux_state_427_13_g354/data3 );
  and \scr_ff_mux_state_427_13_g354/a_2 (\scr_ff_mux_state_427_13_g354/w_2 , 
    n_391, scr_in[1]);
  and \scr_ff_mux_state_427_13_g354/a_1 (\scr_ff_mux_state_427_13_g354/w_1 , 
    n_390, n_93);
  and \scr_ff_mux_state_427_13_g354/a_0 (\scr_ff_mux_state_427_13_g354/w_0 , 
    n_389, scr_out[1]);
  or \scr_ff_mux_state_427_13_g338/org (scr_out_p[2], 
    \scr_ff_mux_state_427_13_g338/w_0 , \scr_ff_mux_state_427_13_g338/w_1 , 
    \scr_ff_mux_state_427_13_g338/w_2 , \scr_ff_mux_state_427_13_g338/w_3 , 
    \scr_ff_mux_state_427_13_g338/w_4 );
  and \scr_ff_mux_state_427_13_g338/a_4 (\scr_ff_mux_state_427_13_g338/w_4 , set, 
    \scr_ff_mux_state_427_13_g338/data4 );
  and \scr_ff_mux_state_427_13_g338/a_3 (\scr_ff_mux_state_427_13_g338/w_3 , 
    n_392, \scr_ff_mux_state_427_13_g338/data3 );
  and \scr_ff_mux_state_427_13_g338/a_2 (\scr_ff_mux_state_427_13_g338/w_2 , 
    n_391, scr_in[2]);
  and \scr_ff_mux_state_427_13_g338/a_1 (\scr_ff_mux_state_427_13_g338/w_1 , 
    n_390, n_87);
  and \scr_ff_mux_state_427_13_g338/a_0 (\scr_ff_mux_state_427_13_g338/w_0 , 
    n_389, scr_out[2]);
  or \scr_ff_mux_state_427_13_g326/org (scr_out_p[0], 
    \scr_ff_mux_state_427_13_g326/w_0 , \scr_ff_mux_state_427_13_g326/w_1 , 
    \scr_ff_mux_state_427_13_g326/w_2 , \scr_ff_mux_state_427_13_g326/w_3 , 
    \scr_ff_mux_state_427_13_g326/w_4 );
  and \scr_ff_mux_state_427_13_g326/a_4 (\scr_ff_mux_state_427_13_g326/w_4 , set, 
    \scr_ff_mux_state_427_13_g326/data4 );
  and \scr_ff_mux_state_427_13_g326/a_3 (\scr_ff_mux_state_427_13_g326/w_3 , 
    n_392, \scr_ff_mux_state_427_13_g326/data3 );
  and \scr_ff_mux_state_427_13_g326/a_2 (\scr_ff_mux_state_427_13_g326/w_2 , 
    n_391, scr_in[0]);
  and \scr_ff_mux_state_427_13_g326/a_1 (\scr_ff_mux_state_427_13_g326/w_1 , 
    n_390, a15);
  and \scr_ff_mux_state_427_13_g326/a_0 (\scr_ff_mux_state_427_13_g326/w_0 , 
    n_389, scr_out[0]);
  xor g10(\a10[0] , scr_out[25], scr_out[21]);
  xor g11(\a9[0] , scr_out[26], scr_out[22]);
  xor g12(\a8[0] , scr_out[27], scr_out[23]);
  xor g128(n_170, n_101, \a8[0] );
  xor g129(n_171, n_170, \a7[0] );
  xor g13(\a7[0] , scr_out[28], scr_out[24]);
  xor g136(n_177, n_75, \a9[0] );
  xor g137(n_178, n_177, \a8[0] );
  xor g14(\a6[0] , scr_out[29], scr_out[25]);
  xor g144(n_184, n_111, \a10[0] );
  xor g145(n_185, n_184, \a9[0] );
  xor g15(\a5[0] , scr_out[30], scr_out[26]);
  xor g152(n_191, n_87, \a11[0] );
  xor g153(n_192, n_191, \a10[0] );
  xor g16(\a4[0] , scr_out[31], scr_out[27]);
  xor g160(n_198, n_93, \a12[0] );
  xor g161(n_199, n_198, \a11[0] );
  xor g17(n_74, a15, \a12[0] );
  xor g172(n_209, n_84, \a5[0] );
  xor g173(scram[11], n_209, \a4[0] );
  xor g178(n_214, n_90, \a6[0] );
  xor g179(scram[10], n_214, \a5[0] );
  xor g18(n_75, n_74, \a11[0] );
  xor g184(n_219, n_96, \a7[0] );
  xor g185(scram[9], n_219, \a6[0] );
  xor g19(n_76, n_75, \a10[0] );
  xor g208(n_266, n_76, \a7[0] );
  xor g209(n_267, \a6[0] , \a5[0] );
  xor g210(n_268, scr_out[31], n_266);
  xor g211(n_269, n_267, n_268);
  xor g212(n_270, n_84, \a6[0] );
  xor g213(n_271, scr_out[30], scr_out[31]);
  xor g214(n_272, n_270, n_271);
  xor g215(n_273, n_90, \a7[0] );
  xor g216(n_274, scr_out[29], scr_out[30]);
  xor g217(n_275, n_273, n_274);
  xor g218(n_276, n_96, \a8[0] );
  xor g219(n_277, scr_out[28], scr_out[29]);
  xor g220(n_278, n_276, n_277);
  xor g221(n_279, n_101, \a9[0] );
  xor g222(n_280, \a4[0] , scr_out[28]);
  xor g223(n_281, scr_out[31], n_279);
  xor g224(n_282, n_280, n_281);
  xor g225(n_283, n_76, \a5[0] );
  xor g226(n_284, \a4[0] , scr_out[30]);
  xor g227(n_285, scr_out[31], n_283);
  xor g228(n_286, n_284, n_285);
  xor g229(n_287, n_111, \a11[0] );
  xor g232(n_290, n_287, n_267);
  xor g233(n_291, n_274, n_290);
  xor g234(n_292, n_88, \a7[0] );
  xor g235(n_293, \a6[0] , scr_out[28]);
  xor g236(n_294, scr_out[29], scr_out[31]);
  xor g237(n_295, n_292, n_293);
  xor g238(n_296, n_294, n_295);
  xor g239(n_297, n_94, \a8[0] );
  xor g24(n_80, a15, \a13[0] );
  xor g240(n_298, \a7[0] , \a4[0] );
  xor g241(n_299, scr_out[28], scr_out[30]);
  xor g242(n_300, scr_out[31], n_297);
  xor g243(n_301, n_298, n_299);
  xor g244(n_302, n_300, n_301);
  xor g245(n_303, n_93, \a9[0] );
  xor g246(n_304, \a8[0] , \a5[0] );
  xor g247(n_305, \a4[0] , scr_out[29]);
  xor g249(n_307, n_303, n_304);
  xor g25(n_81, n_80, \a12[0] );
  xor g250(n_308, n_305, n_271);
  xor g251(n_309, n_307, n_308);
  xor g252(n_310, a15, \a10[0] );
  xor g253(n_311, \a9[0] , \a6[0] );
  xor g254(n_312, \a5[0] , scr_out[28]);
  xor g256(n_314, n_310, n_311);
  xor g257(n_315, n_312, n_274);
  xor g258(n_316, n_314, n_315);
  xor g259(n_317, \a11[0] , \a10[0] );
  xor g260(n_318, \a7[0] , \a6[0] );
  xor g262(n_320, scr_out[29], n_317);
  xor g263(n_321, n_318, n_280);
  xor g264(n_322, n_320, n_321);
  xor g265(n_323, \a12[0] , \a11[0] );
  xor g266(n_324, \a8[0] , \a7[0] );
  xor g267(n_325, \a5[0] , \a4[0] );
  xor g268(n_326, scr_out[28], scr_out[31]);
  xor g269(n_327, n_323, n_324);
  xor g270(n_328, n_325, n_326);
  xor g271(n_329, n_327, n_328);
  xor g272(n_330, n_111, \a9[0] );
  xor g273(n_331, \a8[0] , \a6[0] );
  xor g276(n_334, n_330, n_331);
  xor g277(n_335, n_325, n_271);
  xor g278(n_336, n_334, n_335);
  xor g279(n_337, n_87, \a10[0] );
  xor g280(n_338, \a9[0] , \a7[0] );
  xor g283(n_341, n_337, n_338);
  xor g284(n_342, n_267, n_274);
  xor g285(n_343, n_341, n_342);
  xor g286(n_344, n_171, \a6[0] );
  xor g288(n_346, scr_out[31], n_344);
  xor g289(n_347, n_277, n_346);
  xor g290(n_348, n_178, \a7[0] );
  xor g293(n_351, n_348, n_280);
  xor g294(n_352, n_271, n_351);
  xor g295(n_353, n_185, \a8[0] );
  xor g298(n_356, n_353, n_325);
  xor g299(n_357, n_274, n_356);
  xor g300(n_358, n_192, \a9[0] );
  xor g303(n_361, n_358, n_267);
  xor g304(n_362, n_277, n_361);
  xor g305(n_363, n_199, \a10[0] );
  xor g308(n_366, n_363, n_318);
  xor g309(n_367, n_280, n_366);
  xor g311(n_369, scr_out[20], scr_out[16]);
  xor g312(a15, n_294, n_369);
  xor g313(n_370, n_81, \a11[0] );
  xor g315(n_84, n_370, n_324);
  xor g32(n_87, \a14[0] , \a13[0] );
  xor g33(n_88, n_87, \a12[0] );
  xor g34(n_89, n_88, \a9[0] );
  xor g35(n_90, n_89, \a8[0] );
  xor g39(n_93, a15, \a14[0] );
  xor g4(n_72, scr_out[30], scr_out[21]);
  xor g40(n_94, n_93, \a13[0] );
  xor g41(n_95, n_94, \a10[0] );
  xor g42(n_96, n_95, \a9[0] );
  xor g47(n_100, n_93, \a11[0] );
  xor g48(n_101, n_100, \a10[0] );
  xor g5(\a14[0] , n_72, scr_out[17]);
  xor g6(n_73, scr_out[31], scr_out[22]);
  xor g60(n_111, \a13[0] , \a12[0] );
  xor g7(\a13[0] , n_73, scr_out[18]);
  xor g8(\a12[0] , scr_out[23], scr_out[19]);
  xor g9(\a11[0] , scr_out[24], scr_out[20]);
  nor g22(n_389, scr_run, set, scr_init, reset);
  not g810(n_1118, reset);
  not g811(n_1119, scr_init);
  not g812(n_1120, scr_run);
  nor g813(n_390, scr_init, n_1120, reset, set);
  nor g814(n_391, n_1119, reset, set);
  nor g815(n_392, n_1118, set);
endmodule